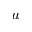
u